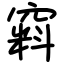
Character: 窲